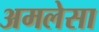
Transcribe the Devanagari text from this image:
अमलेसा